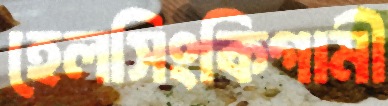
হেলসিংকিগামী